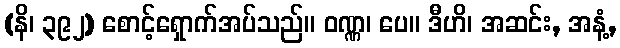
(နိ၊ ၃၉၂) စောင့်ရှောက်အပ်သည်။ ဝဏ္ဏ၊ ပေ။ ဒီဟိ၊ အဆင်း, အနံ့,